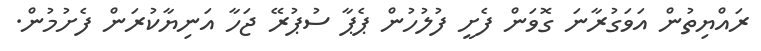
ރައްޔިތުން އަވަގުރާނަ ގޮވަން ފެށީ ފުލުހުން ޕެޕާ ސުޕުރޭ ޖަހާ އަނިޔާކުރަން ފެށުމުން.